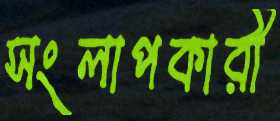
সংলাপকারী